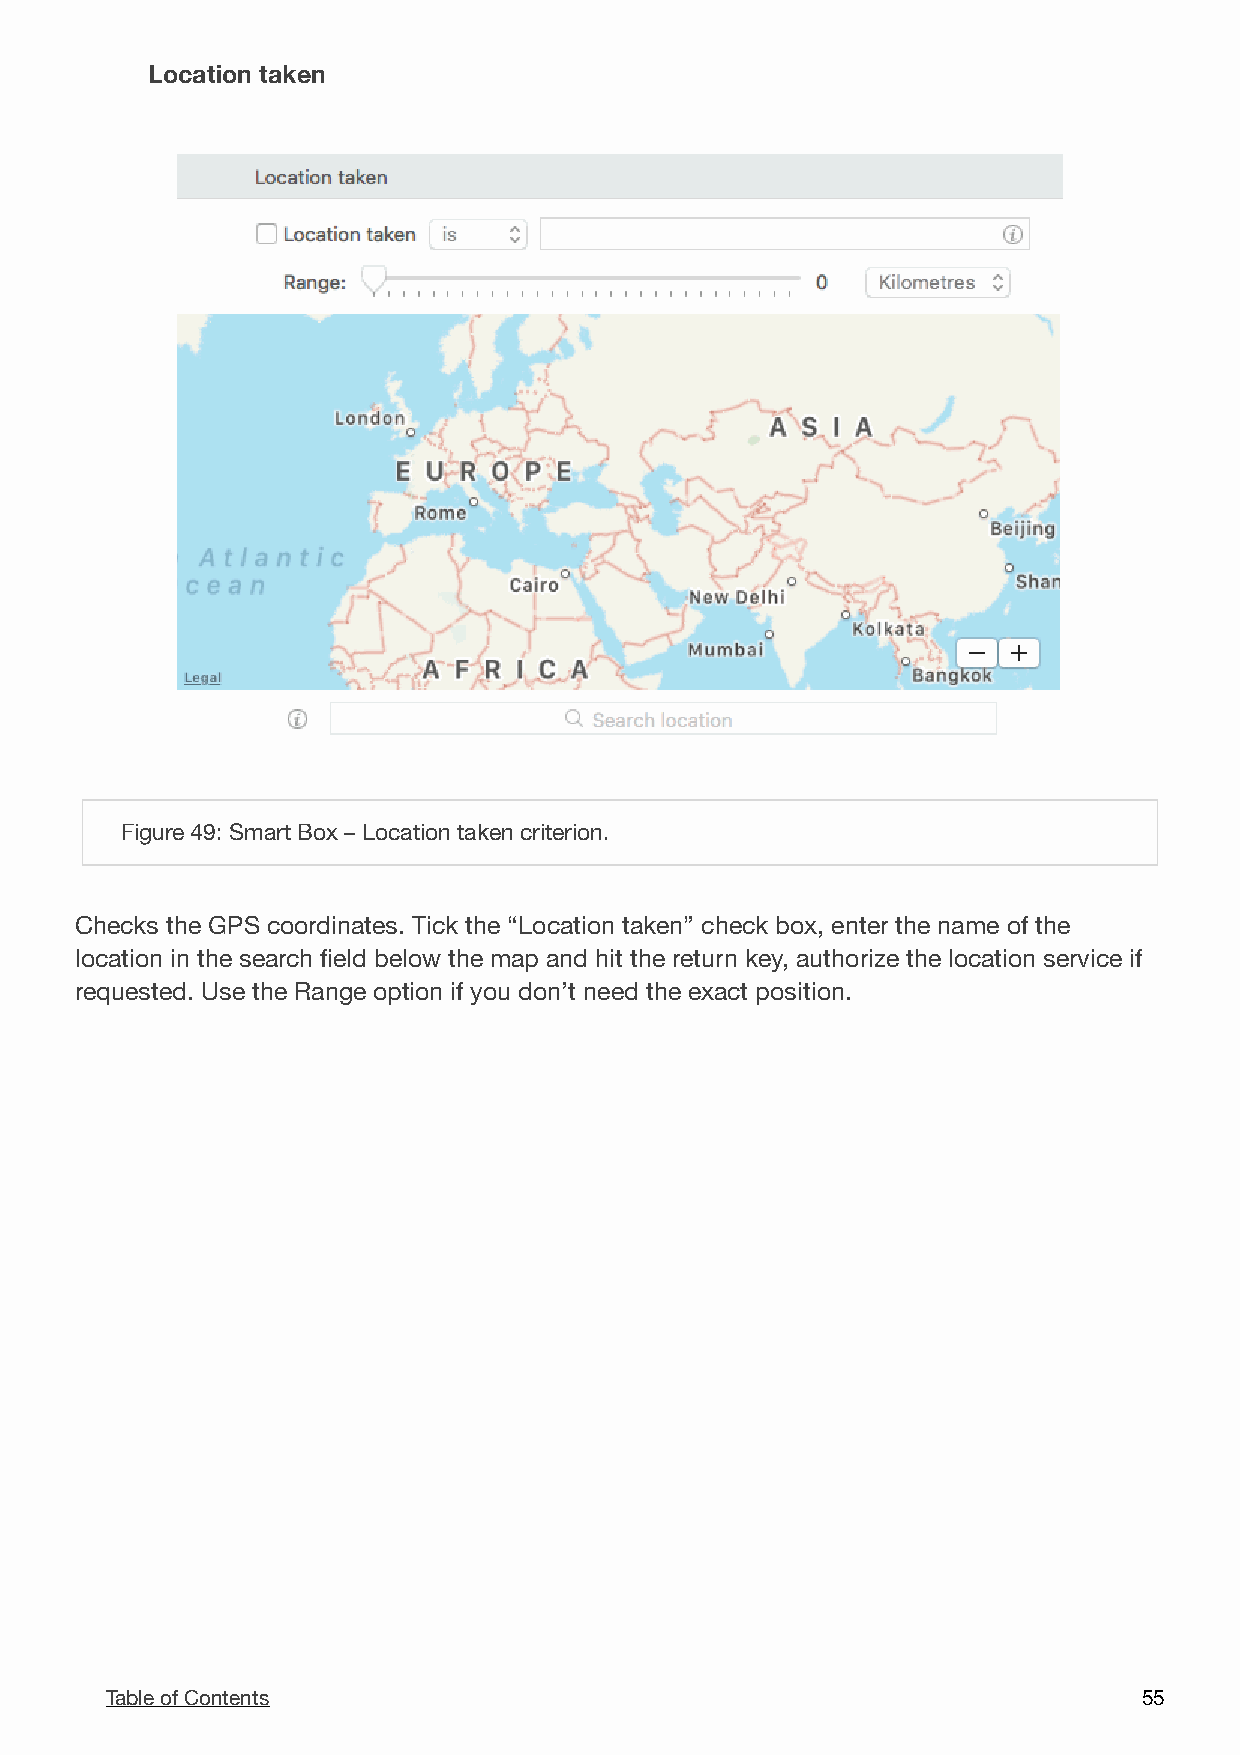
Location taken
 !
 Figure 49: Smart Box – Location taken criterion.
 Checks the GPS coordinates. Tick the “Location taken” check box, enter the name of the
 location in the search field below the map and hit the return key, authorize the location service if
 requested. Use the Range option if you don’t need the exact position.
 Table of Contents                                                    5 5